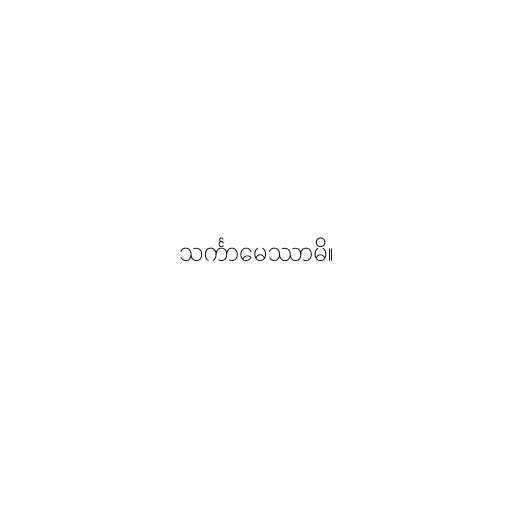
သင်္ကာမေဿာမိ။